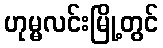
ဟုမ္မလင်းမြို့တွင်